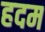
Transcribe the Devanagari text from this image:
हदम